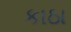
કાઠા